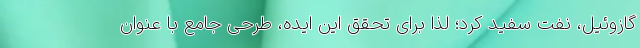
گازوئیل، نفت سفید کرد؛ لذا برای تحقق این ایده، طرحی جامع با عنوان